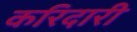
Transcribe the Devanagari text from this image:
करिदारी